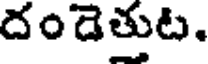
దండెతుట.